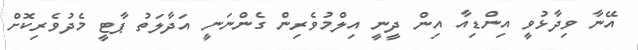
އޭނާ ވިދާޅުވީ އިންޑިއާ އިން ދީނީ އިލްމުވެރިން ގެންނަނީ އަދާލަތު ޕާޓީ މެދުވެރިކޮށް